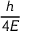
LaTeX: \frac { h } { 4 E }